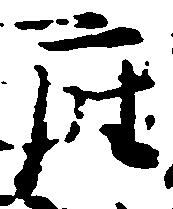
座